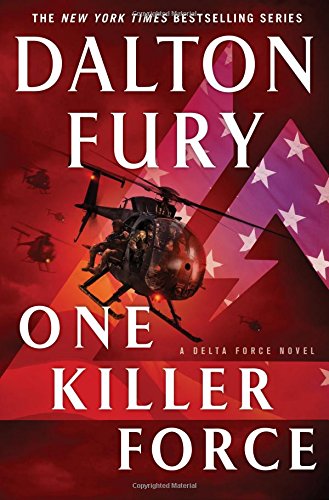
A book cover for One Killer Force: A Delta Force Novel; Dalton Fury; Mystery, Thriller & Suspense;